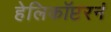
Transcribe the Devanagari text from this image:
हेलिकॉप्टरनं